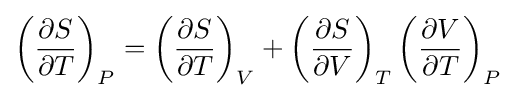
\left({\frac {\partial S}{\partial T}}\right)_{P}=\left({\frac {\partial S}{\partial T}}\right)_{V}+\left({\frac {\partial S}{\partial V}}\right)_{T}\left({\frac {\partial V}{\partial T}}\right)_{P}